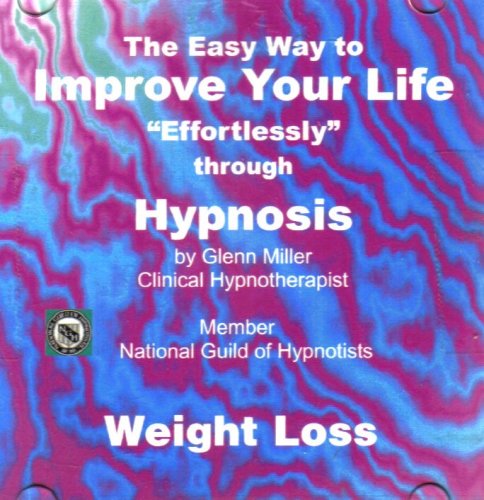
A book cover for Weight Loss: The Easy Way to Improve Your Life Through Hypnosis [3 Audio CD Set]; Glenn Miller (Hypnotherapist); Health, Fitness & Dieting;